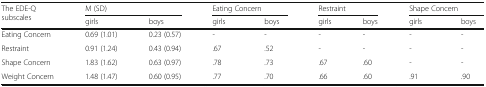
<table><thead><tr><td rowspan="2"><b>The EDE-Q subscales</b></td><td colspan="2"><b>M (SD)</b></td><td colspan="2"><b>Eating Concern</b></td><td colspan="2"><b>Restraint</b></td><td colspan="2"><b>Shape Concern</b></td></tr><tr><td><b>girls</b></td><td><b>boys</b></td><td><b>girls</b></td><td><b>boys</b></td><td><b>girls</b></td><td><b>boys</b></td><td><b>girls</b></td><td><b>boys</b></td></tr></thead><tbody><tr><td>Eating Concern</td><td>0.69 (1.01)</td><td>0.23 (0.57)</td><td>-</td><td>-</td><td>-</td><td>-</td><td>-</td><td>-</td></tr><tr><td>Restraint</td><td>0.91 (1.24)</td><td>0.43 (0.94)</td><td>.67</td><td>.52</td><td>-</td><td>-</td><td>-</td><td>-</td></tr><tr><td>Shape Concern</td><td>1.83 (1.62)</td><td>0.63 (0.97)</td><td>.78</td><td>.73</td><td>.67</td><td>.60</td><td>-</td><td>-</td></tr><tr><td>Weight Concern</td><td>1.48 (1.47)</td><td>0.60 (0.95)</td><td>.77</td><td>.70</td><td>.66</td><td>.60</td><td>.91</td><td>.90</td></tr></tbody></table>